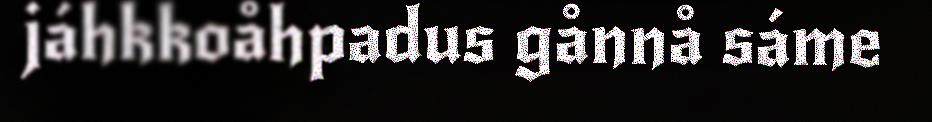
jáhkkoåhpadus gånnå sáme